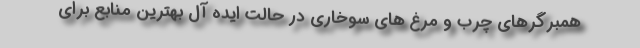
همبرگرهای چرب و مرغ های سوخاری در حالت ایده آل بهترین منابع برای